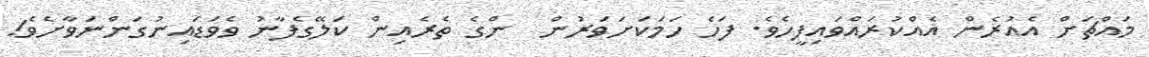
މައްޗަށް އެއުރެން އެއްކުރައްވައިފީހެވެ. ފަހެ ހަމަކަށަވަރުން  ންގެ ތެރެއިން ކަލޭގެފާނު ވެވަޑައިނުގަންނަވާށެވެ!